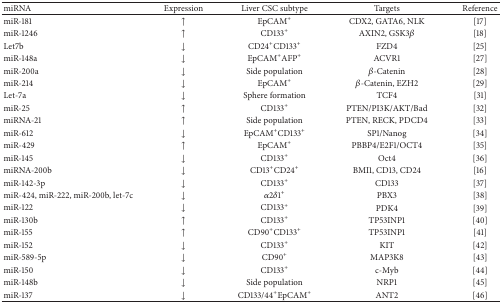
<table><thead><tr><td><b>miRNA</b></td><td><b>Expression</b></td><td><b>Liver CSC subtype</b></td><td><b>Targets</b></td><td><b>Reference</b></td></tr></thead><tbody><tr><td>miR-181</td><td>↑</td><td>EpCAM<sup>+</sup></td><td>CDX2, GATA6, NLK</td><td>[17]</td></tr><tr><td>miR-1246</td><td>↑</td><td>CD133<sup>+</sup></td><td>AXIN2, GSK3<i>β</i></td><td>[18]</td></tr><tr><td>Let7b</td><td>↓</td><td>CD24<sup>+</sup>CD133<sup>+</sup></td><td>FZD4</td><td>[25]</td></tr><tr><td>miR-148a</td><td>↓</td><td>EpCAM<sup>+</sup>AFP<sup>+</sup></td><td>ACVR1</td><td>[27]</td></tr><tr><td>miR-200a</td><td>↓</td><td>Side population</td><td><i>β</i>-Catenin</td><td>[28]</td></tr><tr><td>miR-214</td><td>↓</td><td>EpCAM<sup>+</sup></td><td><i>β</i>-Catenin, EZH2</td><td>[29]</td></tr><tr><td>Let-7a</td><td>↓</td><td>Sphere formation</td><td>TCF4</td><td>[31]</td></tr><tr><td>miR-25</td><td>↑</td><td>CD133<sup>+</sup></td><td>PTEN/PI3K/AKT/Bad</td><td>[32]</td></tr><tr><td>miRNA-21</td><td>↑</td><td>Side population</td><td>PTEN, RECK, PDCD4</td><td>[33]</td></tr><tr><td>miR-612</td><td>↓</td><td>EpCAM<sup>+</sup>CD133<sup>+</sup></td><td>SP1/Nanog</td><td>[34]</td></tr><tr><td>miR-429</td><td>↑</td><td>EpCAM<sup>+</sup></td><td>PBBP4/E2F1/OCT4</td><td>[35]</td></tr><tr><td>miR-145</td><td>↓</td><td>CD133<sup>+</sup></td><td>Oct4</td><td>[36]</td></tr><tr><td>miRNA-200b</td><td>↓</td><td>CD13<sup>+</sup>CD24<sup>+</sup></td><td>BMI1, CD13, CD24</td><td>[16]</td></tr><tr><td>miR-142-3p</td><td>↓</td><td>CD133<sup>+</sup></td><td>CD133</td><td>[37]</td></tr><tr><td>miR-424, miR-222, miR-200b, let-7c</td><td>↓</td><td><i>α</i>2<i>δ</i>1<sup>+</sup></td><td>PBX3</td><td>[38]</td></tr><tr><td>miR-122</td><td>↓</td><td>CD133<sup>+</sup></td><td>PDK4</td><td>[39]</td></tr><tr><td>miR-130b</td><td>↑</td><td>CD133<sup>+</sup></td><td>TP53INP1</td><td>[40]</td></tr><tr><td>miR-155</td><td>↑</td><td>CD90<sup>+</sup>CD133<sup>+</sup></td><td>TP53INP1</td><td>[41]</td></tr><tr><td>miR-152</td><td>↓</td><td>CD133<sup>+</sup></td><td>KIT</td><td>[42]</td></tr><tr><td>miR-589-5p</td><td>↓</td><td>CD90<sup>+</sup></td><td>MAP3K8</td><td>[43]</td></tr><tr><td>miR-150</td><td>↓</td><td>CD133<sup>+</sup></td><td>c-Myb</td><td>[44]</td></tr><tr><td>miR-148b</td><td>↓</td><td>Side population</td><td>NRP1</td><td>[45]</td></tr><tr><td>miR-137</td><td>↓</td><td>CD133/44<sup>+</sup>EpCAM<sup>+</sup></td><td>ANT2</td><td>[46]</td></tr></tbody></table>